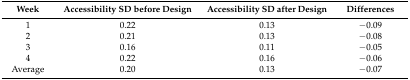
<table><thead><tr><td><b>Week</b></td><td><b>Accessibility SD before Design</b></td><td><b>Accessibility SD after Design</b></td><td><b>Differences</b></td></tr></thead><tbody><tr><td>1</td><td>0.22</td><td>0.13</td><td>−0.09</td></tr><tr><td>2</td><td>0.21</td><td>0.13</td><td>−0.08</td></tr><tr><td>3</td><td>0.16</td><td>0.11</td><td>−0.05</td></tr><tr><td>4</td><td>0.22</td><td>0.16</td><td>−0.06</td></tr><tr><td>Average</td><td>0.20</td><td>0.13</td><td>−0.07</td></tr></tbody></table>